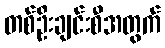
တစ်ဦးချင်းစီအတွက်